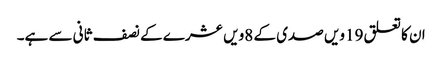
ان کا تعلق 19ویں صدی کے 8ویں عشرے کے نصف ثانی سے ہے۔